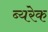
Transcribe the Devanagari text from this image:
ब्यरेक